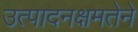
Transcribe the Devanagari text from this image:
उत्पादनक्षमतेने